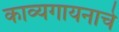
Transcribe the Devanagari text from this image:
काव्यगायनाचे